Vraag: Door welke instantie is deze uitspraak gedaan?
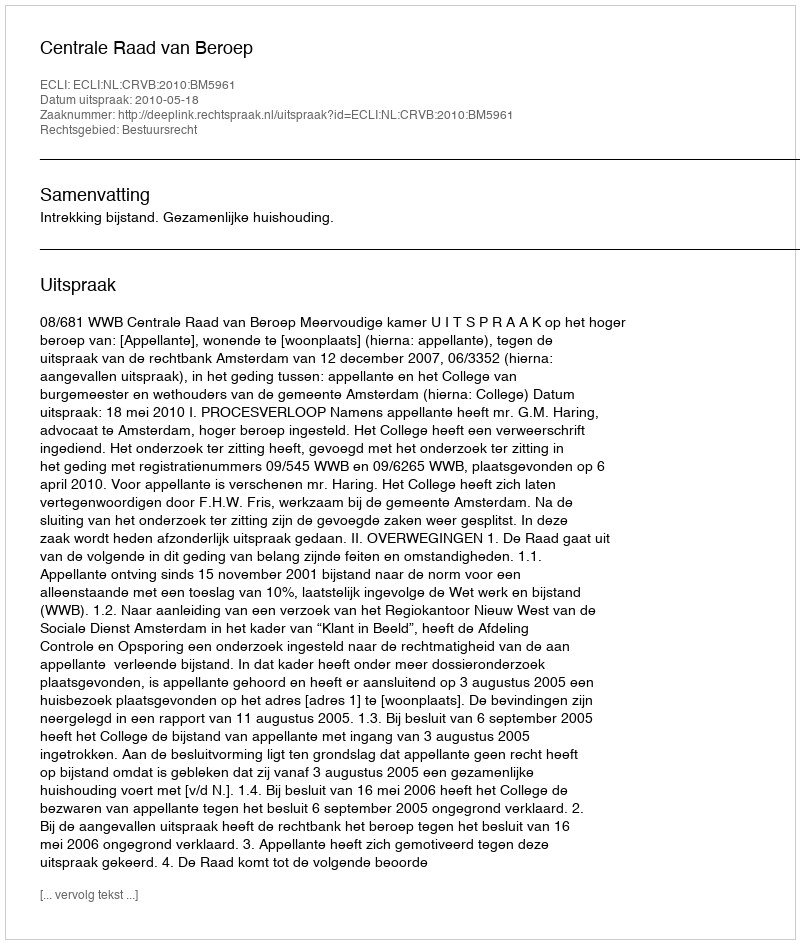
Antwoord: Centrale Raad van Beroep